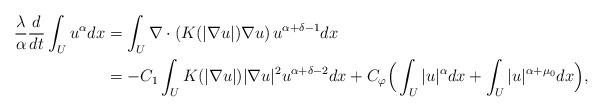
LaTeX: \begin{align*}\frac{\lambda}{\alpha}\frac{d }{dt}\int_U u^{\alpha} dx&= \int_U \nabla\cdot \left(K(|\nabla u|)\nabla u \right) u^{\alpha+\delta-1} dx \\&= - C_1\int_U K(|\nabla u|)|\nabla u|^2 u^{\alpha+\delta-2} dx +C_\varphi\Big( \int_U |u|^\alpha dx + \int_U |u|^{\alpha+\mu_0} dx\Big),\end{align*}